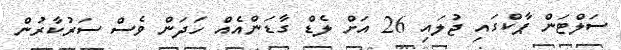
ސަލްޓަން ޕާކްގައި ޖުލައި 26 އަށް ލެޑް ގާޑަންއެއް ހަދަން ވެސް ސަރުކާރުން